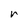
Character: r